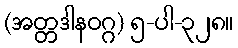
(အတ္တဒါနဝဂ္ဂ) ၅-ပါ-၃၂၈။